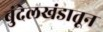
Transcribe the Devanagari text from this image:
बुंदेलखंडातून